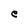
Character: e